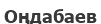
Оңдабаев